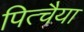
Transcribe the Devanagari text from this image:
पित्चैया